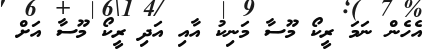
އެހެން ނަމަ ރީކޯ މޫސާ މަނިކު އާއި އަދި ރީކޯ މޫސާ އަށް